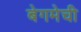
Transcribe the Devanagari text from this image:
बेगमेची